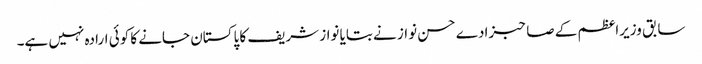
سابق وزیراعظم کے صاحبزادے حسن نواز نے بتایا نواز شریف کا پاکستان جانے کا کوئی ارادہ نہیں ہے۔